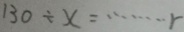
1 3 0 \div x = \cdots r